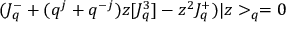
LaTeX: ( J _ { q } ^ { - } + ( q ^ { j } + q ^ { - j } ) z [ J _ { q } ^ { 3 } ] - z ^ { 2 } J _ { q } ^ { + } ) | z > _ { q } = 0 \,